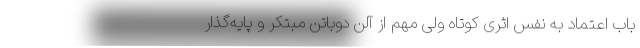
باب اعتماد به نفس اثری کوتاه ولی مهم از آلن دوباتن مبتکر و پایه‌گذار